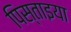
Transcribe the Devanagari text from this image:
पिस्ताइया